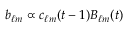
b _ { \ell m } \propto c _ { \ell m } ( t - 1 ) B _ { \ell m } ( t )